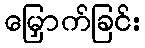
မြှောက်ခြင်း